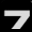
Digit: 7